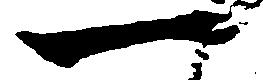
一